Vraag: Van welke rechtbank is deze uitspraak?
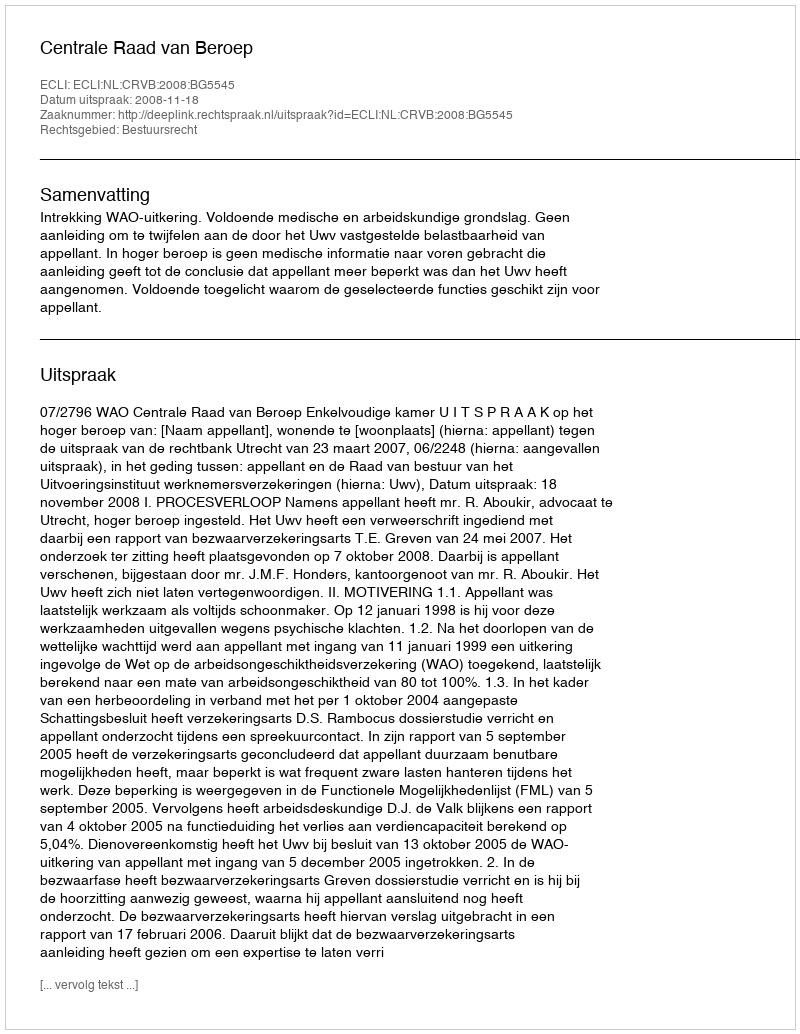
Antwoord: Centrale Raad van Beroep